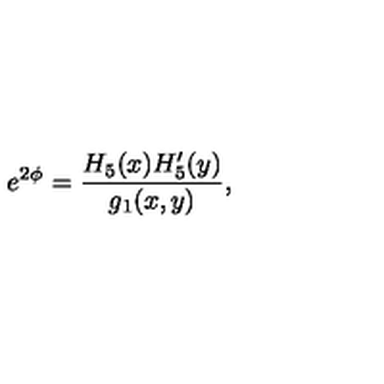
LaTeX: e ^ { 2 \phi } = { \frac { H _ { 5 } ( x ) H _ { 5 } ^ { \prime } ( y ) } { g _ { 1 } ( x , y ) } } ,